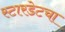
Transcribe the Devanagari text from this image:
स्टारडेटचा